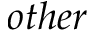
o t h e r